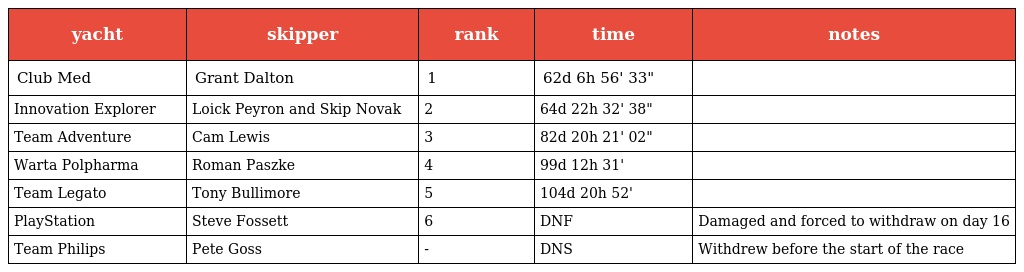
| yacht | skipper | rank | time | notes |
 | --- | --- | --- | --- | --- |
 | Club Med | Grant Dalton | 1 | 62d 6h 56' 33" |  |
 | Innovation Explorer | Loick Peyron and Skip Novak | 2 | 64d 22h 32' 38" |  |
 | Team Adventure | Cam Lewis | 3 | 82d 20h 21' 02" |  |
 | Warta Polpharma | Roman Paszke | 4 | 99d 12h 31' |  |
 | Team Legato | Tony Bullimore | 5 | 104d 20h 52' |  |
 | PlayStation | Steve Fossett | 6 | DNF | Damaged and forced to withdraw on day 16 |
 | Team Philips | Pete Goss | - | DNS | Withdrew before the start of the race |